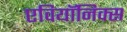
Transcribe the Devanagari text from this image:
एवियॉनिक्स